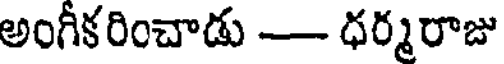
అంగీకరించాడు - ధర్మరాజు